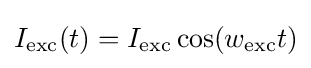
I_{\text{exc}}(t)=I_{\text{exc}}\cos(w_{\text{exc}}t)